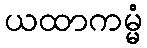
ယထာကမ္မံ